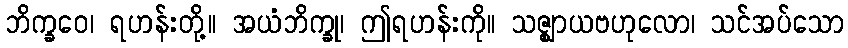
ဘိက္ခဝေ၊ ရဟန်းတို့။ အယံဘိက္ခု၊ ဤရဟန်းကို။ သဇ္ဈာယဗဟုလော၊ သင်အပ်သော